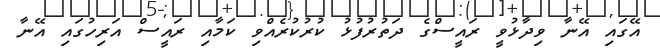
އޭގައި އޭނާ ވިދާޅުވީ ރައީސްގެ ދަތުރުފުޅު ކުރުކުރެއްވި ކަމާއި ރައީސް އަރިހުގައި އޭނާ